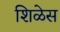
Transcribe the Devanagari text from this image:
शिळेस